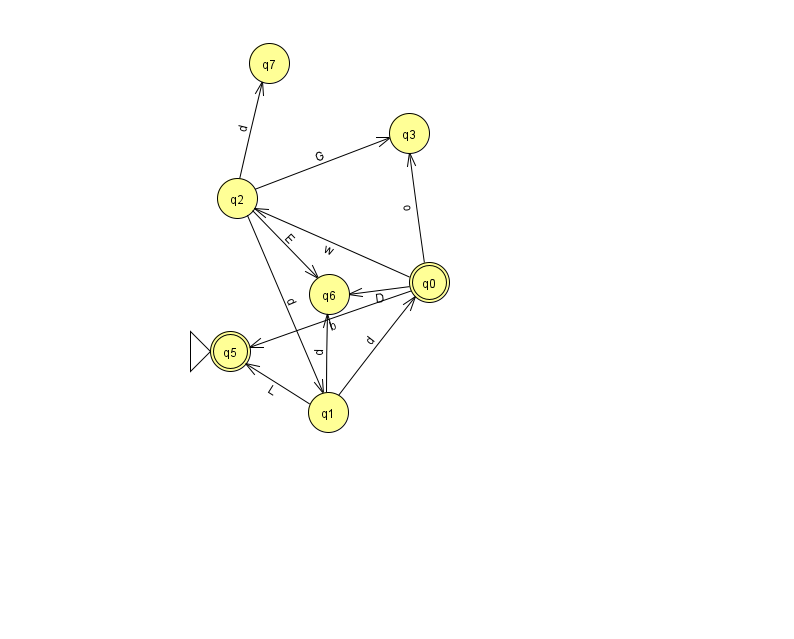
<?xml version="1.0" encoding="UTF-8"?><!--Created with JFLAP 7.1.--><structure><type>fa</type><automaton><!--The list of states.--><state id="0" name="q0"><x>429.0</x><y>269.0</y><final/></state><state id="1" name="q1"><x>328.0</x><y>399.0</y></state><state id="2" name="q2"><x>237.0</x><y>185.0</y></state><state id="3" name="q3"><x>409.0</x><y>120.0</y></state><state id="5" name="q5"><x>230.0</x><y>338.0</y><initial/><final/></state><state id="6" name="q6"><x>329.0</x><y>281.0</y></state><state id="7" name="q7"><x>269.0</x><y>50.0</y></state><!--The list of transitions.--><transition><from>1</from><to>5</to><read>L</read></transition><transition><from>0</from><to>2</to><read>w</read></transition><transition><from>0</from><to>5</to><read>b</read></transition><transition><from>2</from><to>3</to><read>G</read></transition><transition><from>2</from><to>7</to><read>d</read></transition><transition><from>1</from><to>6</to><read>d</read></transition><transition><from>1</from><to>0</to><read>d</read></transition><transition><from>0</from><to>3</to><read>o</read></transition><transition><from>0</from><to>6</to><read>D</read></transition><transition><from>2</from><to>6</to><read>E</read></transition><transition><from>2</from><to>1</to><read>d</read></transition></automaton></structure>